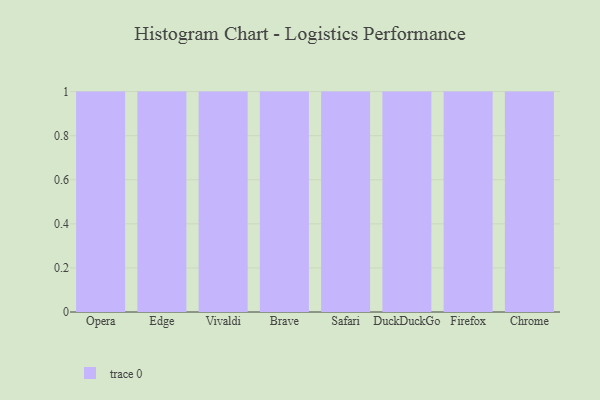
{"axis": {"x": "Browser", "y": "Temperature (°C)"}, "legend": [""], "data": [{"x": "Opera", "y": 94, "type": ""}, {"x": "Edge", "y": 95, "type": ""}, {"x": "Vivaldi", "y": 28, "type": ""}, {"x": "Brave", "y": 67, "type": ""}, {"x": "Safari", "y": 5, "type": ""}, {"x": "DuckDuckGo", "y": 47, "type": ""}, {"x": "Firefox", "y": 15, "type": ""}, {"x": "Chrome", "y": 15, "type": ""}]}